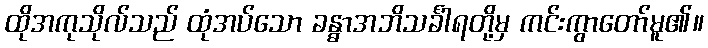
ထိုအကုသိုလ်သည် ထုံအပ်သော ခန္ဓာအဘိသင်္ခါရတို့မှ ကင်းကွာတော်မူ၏။